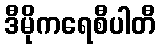
ဒီမိုကရေစီပါတီ